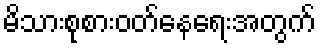
မိသားစုစားဝတ်နေရေးအတွက်